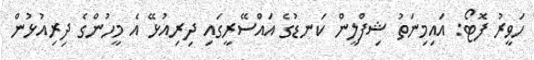
ހަވީރު ފޮޓޯ: އައިމިނަތު ޝިފްލީން ކަނޑުގެ އައްސޭރީގައި ދިރިއުޅޭ އެ މީހުންގެ ދިރިއުޅުން